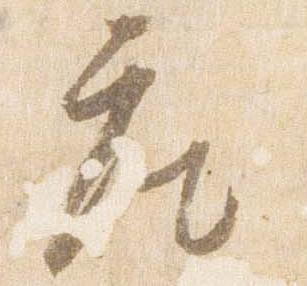
座